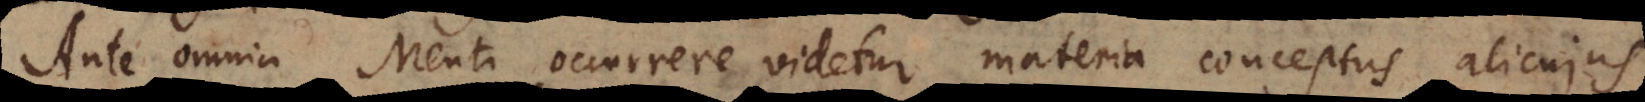
Ante omnia Menti occurrere videtur materia conceptus alicujus